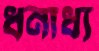
ধনাধ্য